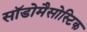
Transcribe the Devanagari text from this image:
सॉडोमैसोस्टिक